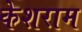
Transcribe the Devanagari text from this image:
केशराम